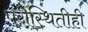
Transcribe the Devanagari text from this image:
परीस्थितीही